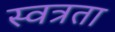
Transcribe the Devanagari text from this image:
स्वत्रता